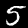
Label: 5